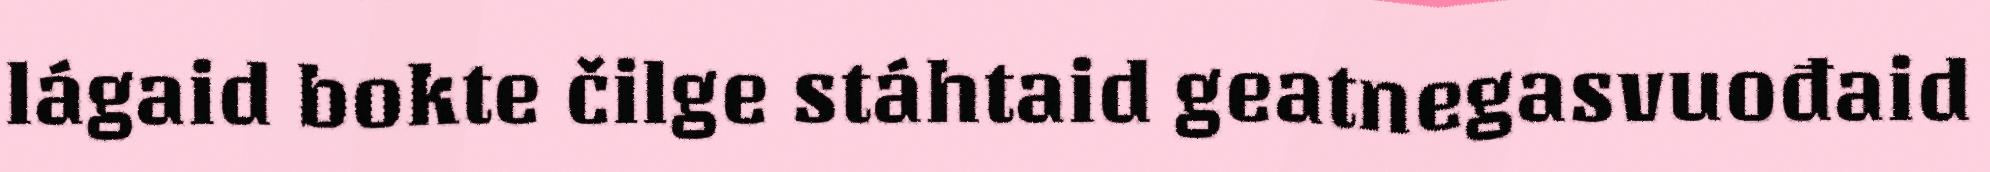
lágaid bokte čilge stáhtaid geatnegasvuođaid